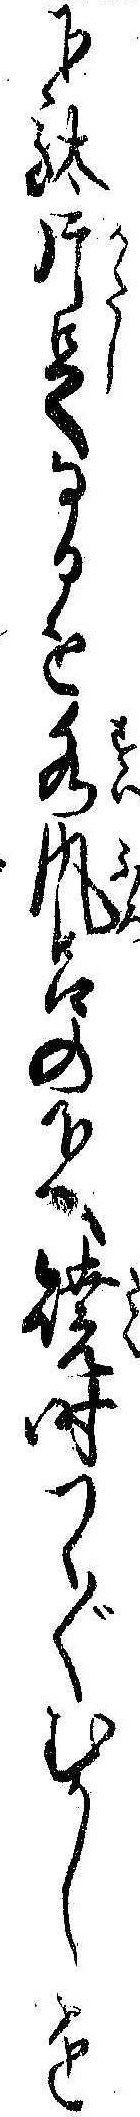
下駄片足なるを水風呂の下へ焼時つく〲むかしを